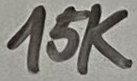
Text: 15K